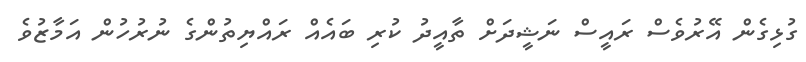
ގުޅިގެން އޭރުވެސް ރައީސް ނަޝީދަށް ތާއީދު ކުރި ބައެއް ރައްޔިތުންގެ ނުރުހުން އަމާޒުވެ